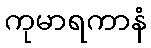
ကုမာရကာနံ